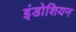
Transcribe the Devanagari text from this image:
इंडोशियन